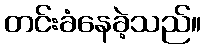
တင်းခံနေခဲ့သည်။